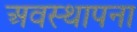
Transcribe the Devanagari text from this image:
अवस्‍थापना